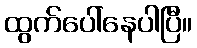
ထွက်ပေါ်နေပါပြီ။